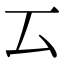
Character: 𠫔